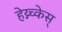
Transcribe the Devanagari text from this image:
हेय्न्च्केस्